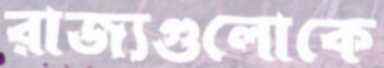
রাজ্যগুলোকে